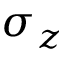
\sigma _ { z }